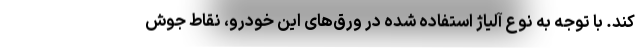
کند. با توجه به نوع آلیاژ استفاده شده در ورق‌های این خودرو، نقاط جوش